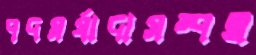
পদমর্যাদাসম্পন্ন